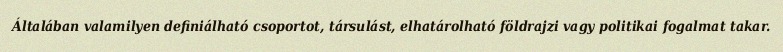
Általában valamilyen definiálható csoportot, társulást, elhatárolható földrajzi vagy politikai fogalmat takar.